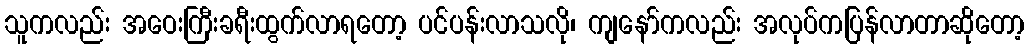
သူကလည်း အဝေးကြီးခရီးထွက်လာရတော့ ပင်ပန်းလာသလို၊ ကျနော်ကလည်း အလုပ်ကပြန်လာတာဆိုတော့